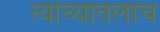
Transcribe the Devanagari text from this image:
त्यांच्यातलाच